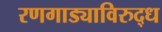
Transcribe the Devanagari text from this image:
रणगाड्याविरुद्ध